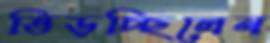
ভিড়চ্ছিলেন